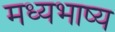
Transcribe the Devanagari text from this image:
मध्यभाष्य